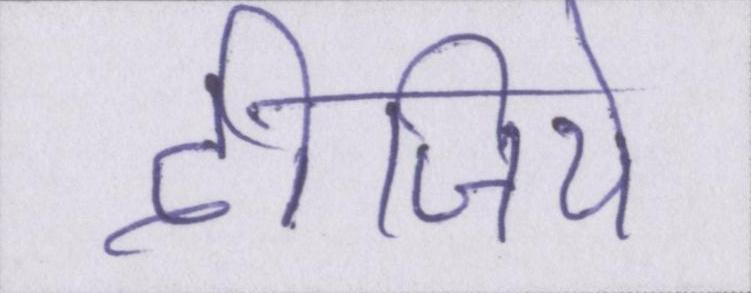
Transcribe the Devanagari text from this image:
दीजिये